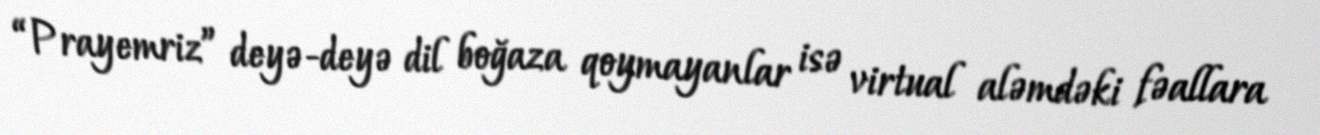
“Prayemriz” deyə-deyə dil boğaza qoymayanlar isə virtual aləmdəki fəallara